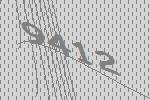
9412